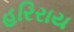
હરિરાય